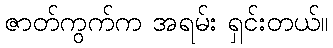
ဇာတ်ကွက်က အရမ်း ရှင်းတယ်။